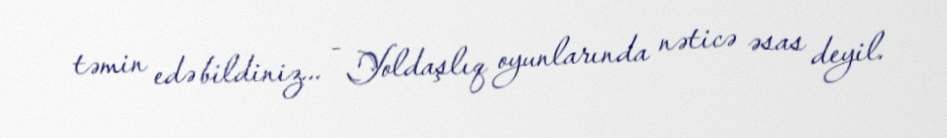
təmin edə bildiniz... - Yoldaşlıq oyunlarında nəticə əsas deyil.